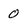
Character: 0